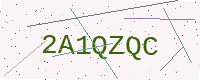
Text: 2A1QZQC